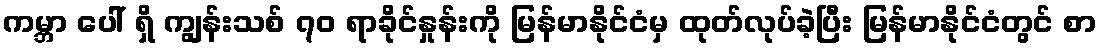
ကမ္ဘာ ပေါ် ရှိ ကျွန်းသစ် ၇၀ ရာခိုင်နှုန်းကို မြန်မာနိုင်ငံမှ ထုတ်လုပ်ခဲ့ပြီး မြန်မာနိုင်ငံတွင် စာ